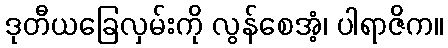
ဒုတီယခြေလှမ်းကို လွန်စေအံ့၊ ပါရာဇိက။